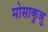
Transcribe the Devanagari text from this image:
मोसाकुन्नु